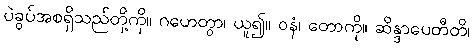
ပဲခွပ်အစရှိသည်တို့ကို။ ဂဟေတွာ၊ ယူ၍။ ဝနံ၊ တောကို။ ဆိန္ဒာပေတီတိ၊